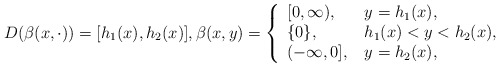
\begin{align*} D(\beta(x,\cdot))=[h_1(x),h_2(x)],\beta(x,y)=\left\{\begin{array}{ll} [0,\infty),\quad& y=h_1(x),\\\{0\},& h_1(x)<y<h_2(x),\\(-\infty,0],& y=h_2(x),\end{array}\right.\end{align*}